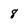
Character: 8